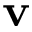
\textbf { v }